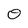
Character: 0